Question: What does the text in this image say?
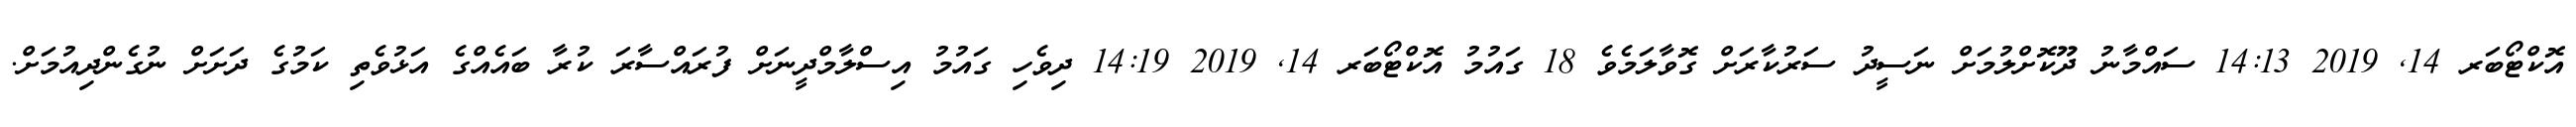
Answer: އޮކްޓޯބަރ 14, 2019 14:13 ސައްމާނު ދޫކޮށްލުމަށް ނަސީދު ސަރުކާރަށް ގޮވާލަމެވެ 18 ގައުމު އޮކްޓޯބަރ 14, 2019 14:19 ދިވެހި ގައުމު އިސްލާމްދީނަށް ފުރައްސާރަ ކުރާ ބައެއްގެ އަޅުވެތި ކަމުގެ ދަށަށް ނުގެންދިއުމަށް.